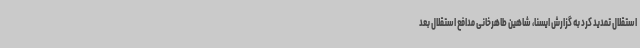
استقلال تمدید کرد به گزارش ایسنا، شاهین طاهرخانی مدافع استقلال بعد